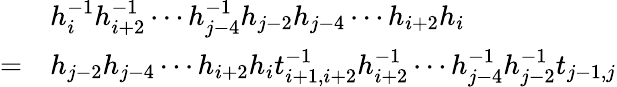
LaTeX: \begin{array}{rl}&{h_{i}^{-1}h_{i+2}^{-1}\cdots h_{j-4}^{-1}h_{j-2}h_{j-4}\cdots h_{i+2}h_{i}}\\ {=}&{h_{j-2}h_{j-4}\cdots h_{i+2}h_{i}t_{i+1,i+2}^{-1}h_{i+2}^{-1}\cdots h_{j-4}^{-1}h_{j-2}^{-1}t_{j-1,j}}\end{array}